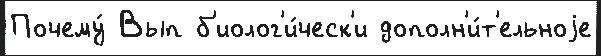
Почему́ Вып б'иолог'и́ческ'и дополн'и́т'ельноjе